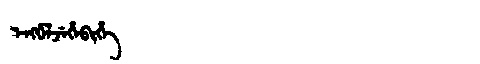
Manchu: ᡝᠩᡤᡝᠯᠵᡝᡥᡝᠪᡳᡥᡝ
Romanization: ENGGELJEHEBIHE